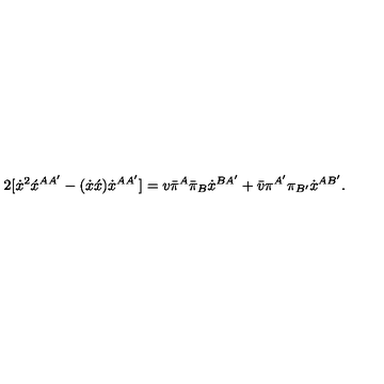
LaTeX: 2 [ \dot { x } ^ { 2 } \acute { x } ^ { A A ^ { \prime } } - ( \dot { x } \acute { x } ) \dot { x } ^ { A A ^ { \prime } } ] = v \bar { \pi } ^ { A } \bar { \pi } _ { B } \dot { x } ^ { B A ^ { \prime } } + \bar { v } \pi ^ { A ^ { \prime } } \pi _ { B ^ { \prime } } \dot { x } ^ { A B ^ { \prime } } .